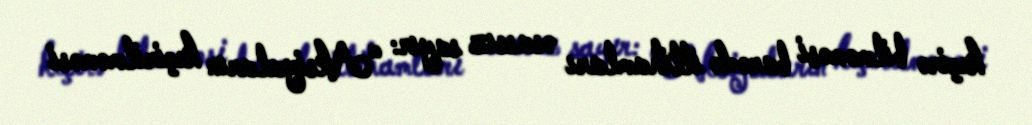
keçirə bilməməsi barədə ittihamları əsassız sayır: “Aksiyaların keçirilməməsi